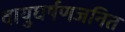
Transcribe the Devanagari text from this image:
वायुघर्षणजनित